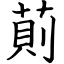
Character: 萴